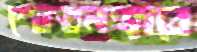
শোভনভাবে